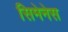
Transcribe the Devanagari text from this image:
सिमेनेस